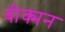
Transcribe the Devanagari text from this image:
बीक्मन